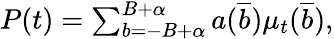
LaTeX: \begin{array}{r}{P(t)=\sum_{b=-B+\alpha}^{B+\alpha}a(\overline{{b}})\mu_{t}(\overline{{b}}),}\end{array}